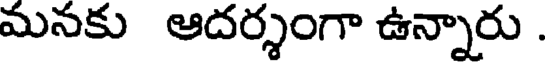
మనకు ఆదర్శంగా ఉన్నారు .